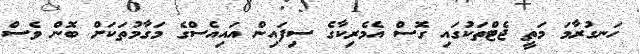
ހަނގުރާމަ މަތީ ޖެޓްތަކުގައި ގޮސް އެމެރިކާގެ ސިފައިން އައިއެސްގެ މަގާމުތަކަށް ބޮން ވެސް